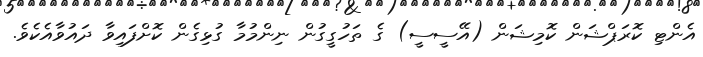
އެންޓި ކޮރަޕްޝަން ކޮމިޝަން (އޭސީސީ) ގެ ތަހުގީގުން ނިންމުމާ ގުޅިގެން ކޮށްފައިވާ ދައުވާއެކެވެ.